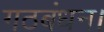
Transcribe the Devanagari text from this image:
गठबंधन।